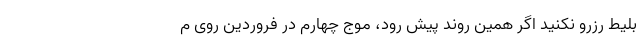
بلیط رزرو نکنید اگر همین روند پیش رود، موج چهارم در فروردین روی م